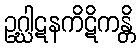
ဥဂ္ဃါဋနကိဋိကန္တိ